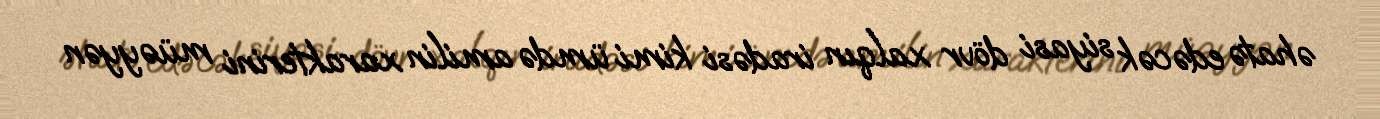
əhatə edəcək siyasi dövr xalqın iradəsi kimi ümdə amilin xarakterini müəyyən